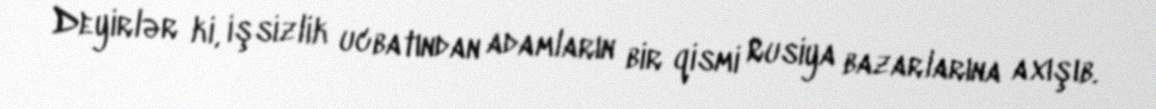
Deyirlər ki, işsizlik ucbatından adamların bir qismi Rusiya bazarlarına axışıb.